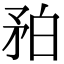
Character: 𥍡